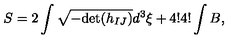
S = 2 \int \sqrt { - \mathrm { d e t } ( h _ { I J } ) } d ^ { 3 } \xi + 4 ! 4 ! \int B ,